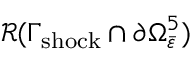
\mathcal { R } ( \Gamma _ { \mathrm { s h o c k } } \cap \partial \Omega _ { \bar { \varepsilon } } ^ { 5 } )